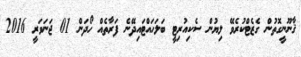
ޤާނޫނީގޮތުން ގެޒެޓްކުރެވޭ ލިޔުން ސެކިއުރިޓީ ބަލަހައްޓައިދޭނެ ފަރާތެއް ހޯދަން 01 ޖަނަވަރީ 2016